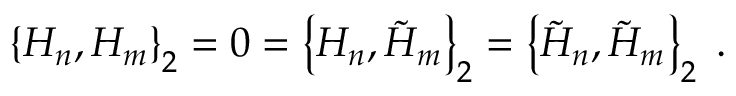
\left\{ H _ { n } , H _ { m } \right\} _ { 2 } = 0 = \left\{ H _ { n } , \tilde { H } _ { m } \right\} _ { 2 } = \left\{ \tilde { H } _ { n } , \tilde { H } _ { m } \right\} _ { 2 } \; .